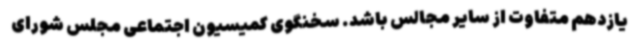
یازدهم متفاوت از سایر مجالس باشد. سخنگوی کمیسیون اجتماعی مجلس شورای